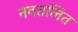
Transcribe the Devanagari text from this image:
नवतलित